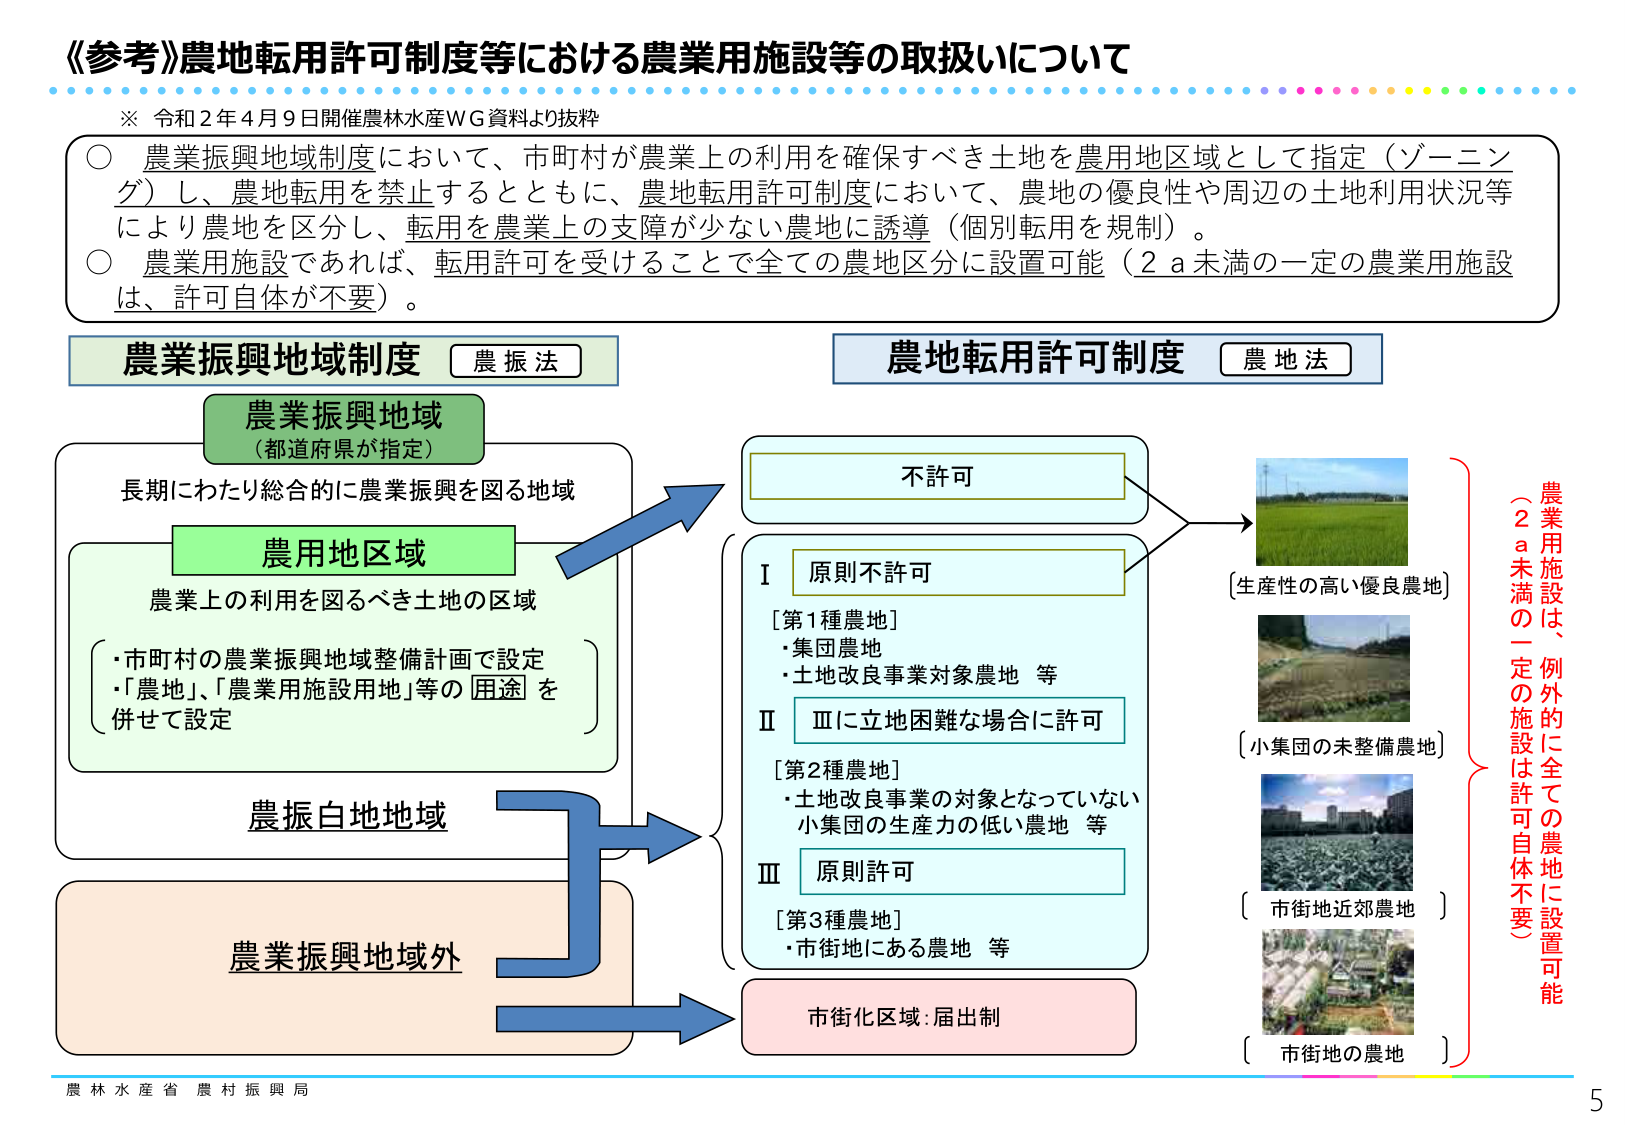
《参考》農地転用許可制度等における農業用施設等の取扱いについて
※ 令和２年４月９日開催農林水産ＷＧ資料より抜粋

○ 農業振興地域制度において、市町村が農業上の利用を確保すべき土地を農用地区域として指定（ゾーニング）し、農地転用を禁止するとともに、農地転用許可制度において、農地の優良性や周辺の土地利用状況等により農地を区分し、転用を農業上の支障が少ない農地に誘導（個別転用を規制）。
○ 農業用施設であれば、転用許可を受けることで全ての農地区分に設置可能（２ａ未満の一定の農業用施設は、許可自体が不要）。

農業振興地域制度　［農振法］
　　農業振興地域
　　　（都道府県が指定）
　　　長期にわたり総合的に農業振興を図る地域
　　　　農用地区域
　　　　　農業上の利用を図るべき土地の区域
　　　　　　・市町村の農業振興地域整備計画で設定
　　　　　　・「農地」、「農業用施設用地」等の「用途」を併せて設定
　　　農振白地地域
　　　農業振興地域外

農地転用許可制度　［農地法］
　　不許可
　　Ⅰ 原則不許可
　　　［第1種農地］
　　　・集団農地
　　　・土地改良事業対象農地 等
　　Ⅱ Ⅲに立地困難な場合に許可
　　　［第2種農地］
　　　・土地改良事業の対象となっていない
　　　　小集団の生産力の低い農地 等
　　Ⅲ 原則許可
　　　［第3種農地］
　　　・市街地にある農地 等
　　市街化区域：届出制

［生産性の高い優良農地］
［小集団の未整備農地］
［市街地近郊農地］
［市街地の農地］

農業用施設は、例外的に全ての農地に設置可能
（２ａ未満の一定の施設は許可自体不要）

農林水産省 農村振興局
5